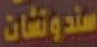
سندوتشات